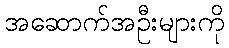
အဆောက်အဦးများကို